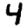
Digit: 4